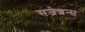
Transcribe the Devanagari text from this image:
सजेशन्स